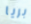
بريا